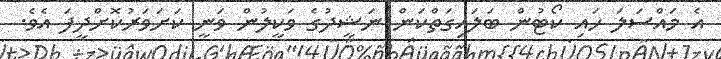
އެ މައްސަލަ ހައި ކޯޓުން ބަލައިގަތްކަން ނަޝީދުގެ ވަކީލުން ވަނީ ކަށަވަރުކޮށްދީފަ އެވެ.